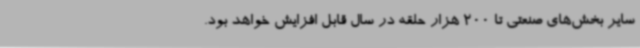
سایر بخش‌های صنعتی تا 200 هزار حلقه در سال قابل افزایش خواهد بود.